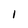
Character: 1